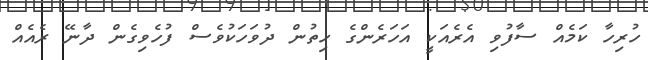
ހުރިހާ ކަމެއް ސާފުވި އެރެއަކީ އަހަރެންގެ ހިތުން ދުވަހަކުވެސް ފުހެވިގެން ދާނޭ ރެއެއް